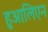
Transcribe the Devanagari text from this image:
हुआलिएन